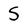
Character: 5